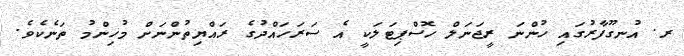
ރ. އުނގޫފާރުގައި ހުންނަ ރީޖަނަލް ހޮސްޕިޓަލަކީ އެ ސަރަހައްދުގެ ރައްޔިތުންނަށް މުހިންމު ތަނެކެވެ.